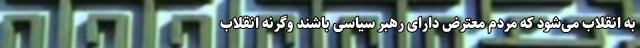
به انقلاب می‌شود که مردم معترض دارای رهبر سیاسی باشند وگرنه انقلاب